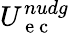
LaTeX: U_{\mathrm{~e~c~}}^{nudg}